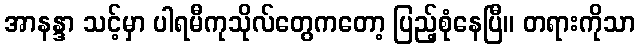
အာနန္ဒာ သင့်မှာ ပါရမီကုသိုလ်တွေကတော့ ပြည့်စုံနေပြီ။ တရားကိုသာ